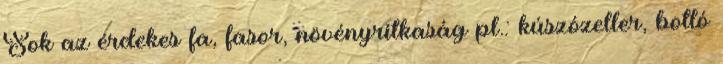
Sok az érdekes fa, fasor, növényritkaság pl.: kúszózeller, botló